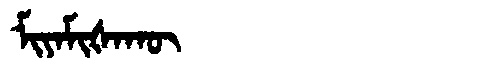
Manchu: ᠮᡳᠶᠠᠮᡳᡧᠠᡴᡡ
Romanization: MIYAMIŠAKŪ